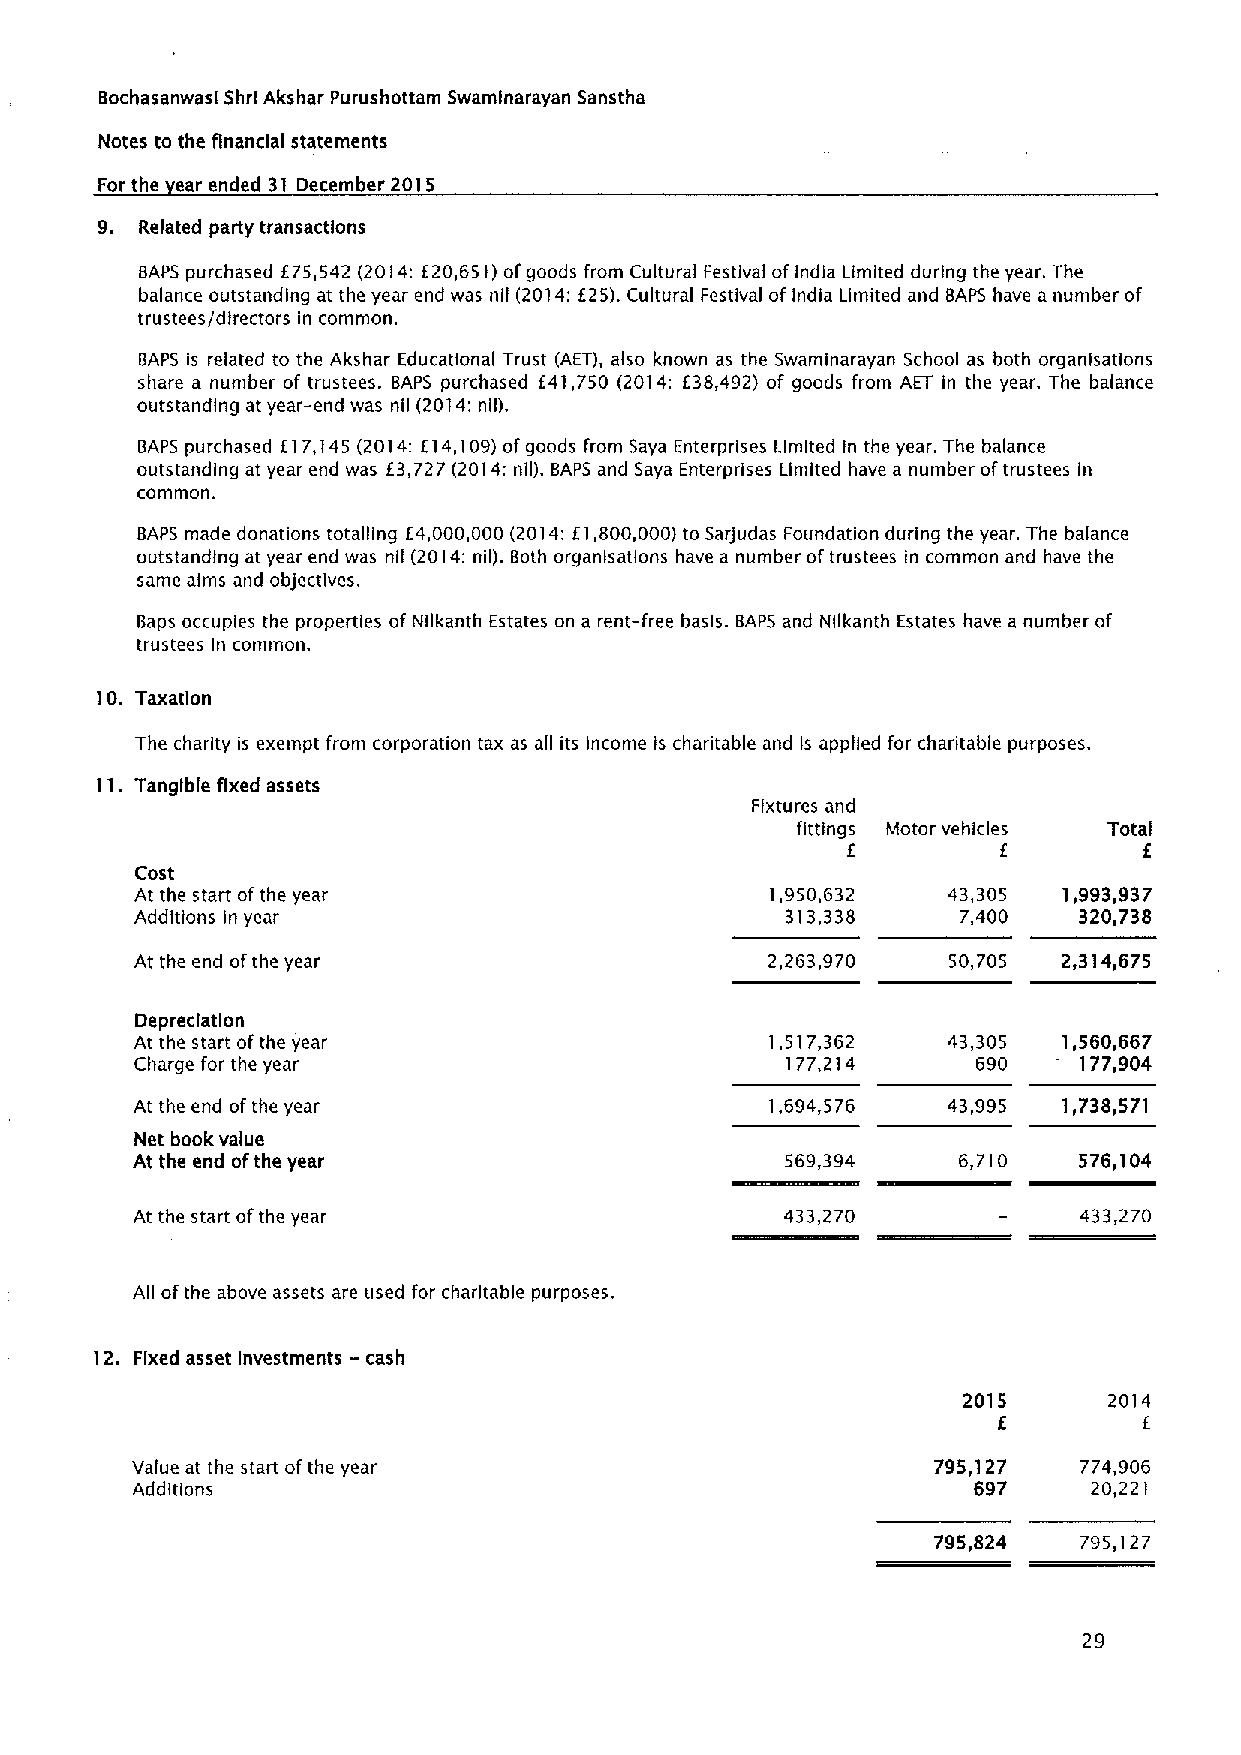
Bochasanwasl Shrl Akshar Purushottam Swamlnarayan Sanstha
 Notes to the financial statements
 For the ear ended 31 December 2015
 9. Related party transactions
 BAPS purchased E75,542 (2014:E20,651)ofgoods from Cultural Festival ofIndia Limited during the year. The
 balance outstanding at the year end was nil (2014:E25).Cultural Festival ofIndia Limited and BAPS have a number of
 trustees/directors in common.
 BAPS is related to the Akshar Educational Trust (AET), also known as the Swaminarayan School as both organlsatlons
 share a number of trustees. BAPS purchased (41,750 (2014: E38,492) of goods from AET in the year. The balance
 outstanding at year-end was nil (2014:nil).
 BAPS purchased E17,145 (2014:E14,109)ofgoods from Saya Enterprises Limited In the year. The balance
 outstanding at year end was E3,727 (2014:nil). BAPS and Saya Enterprises Limited have a number oftrustees in
 common.
 BAPS made donations totalling K4,000,000 (2014:E1,800,000)to Sarjudas Foundation during the year. The balance
 outstanding at year end was nil (2014:nil). Both organlsatlons have a number oftrustees in common and have the
 same alms and objectives.
 Baps occupies the properties of Nllkanth Estates on a rent-free basis. BAPS and Nllkanth Estates have a number of
 trustees In common.
 10. Taxation
 The charity is exempt from corporation tax as all its income is charitable and Is applied for charitable purposes.
 11.Tangible fixed assets
 Fixtures and
 fittings Motor vehicles Total
 E         E         E
 Cost
 At the start ofthe year                   1,950,632   43,305 1,993,937
 Additions in year                          313,338     7,400  320,738
 At the end ofthe year                     2,263,970   50,705 2,314,675
 Depreciation
 At the start ofthe year                   1,517,362   43,305 1,560,667
 Charge for the year                        177,214      690   I77,904
 At the end ofthe year                     1,694,576   43,995 1,738,571
 Net book value
 At the end ofthe year                      569,394    6,710   576,104
 At the start ofthe year                    433,270            433,270
 All ofthe above assets are used for charitable purposes.
 -
 12. Fixed asset Investments cash
 2015     2014
 E         E
 Value at the start ofthe year                        795,127   774,906
 Additions                                              697     20,221
 795,824   795, 27
 1
 29